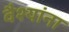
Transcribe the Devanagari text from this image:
वैश्यांना